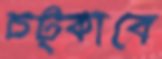
চট্‌কাবে